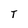
Character: T